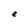
Character: e